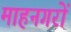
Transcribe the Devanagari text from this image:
माहनगरों